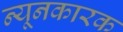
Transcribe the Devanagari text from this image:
न्यूनकारक